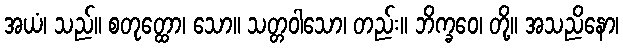
အယံ၊ သည်။ စတုတ္ထော၊ သော။ သတ္တဝါသော၊ တည်း။ ဘိက္ခဝေ၊ တို့။ အသညိနော၊